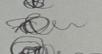
Signature authenticity: genuine